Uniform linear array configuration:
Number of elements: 8
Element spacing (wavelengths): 0.5
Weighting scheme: cosine
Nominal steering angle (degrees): -30
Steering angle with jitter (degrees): -29.878
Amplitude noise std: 0.05
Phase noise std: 0.05

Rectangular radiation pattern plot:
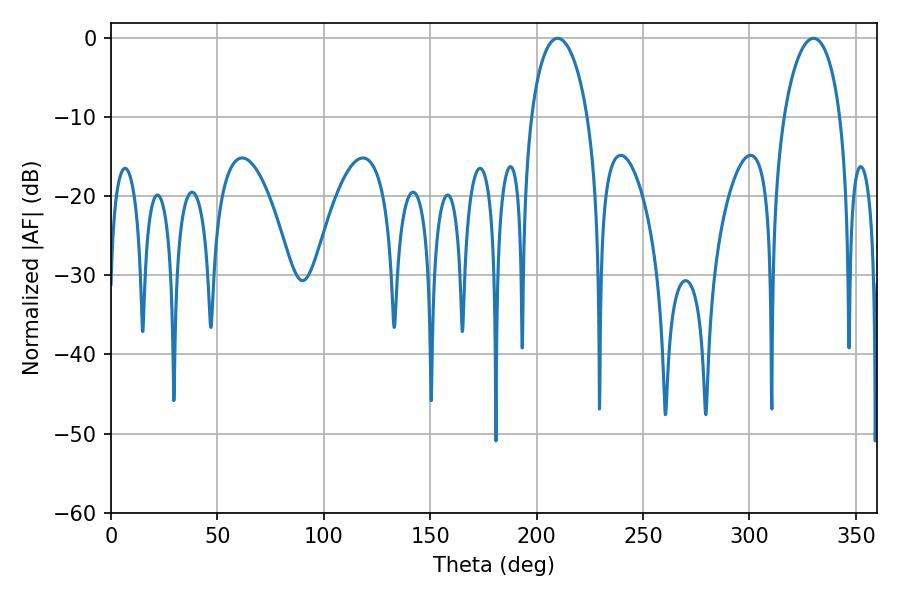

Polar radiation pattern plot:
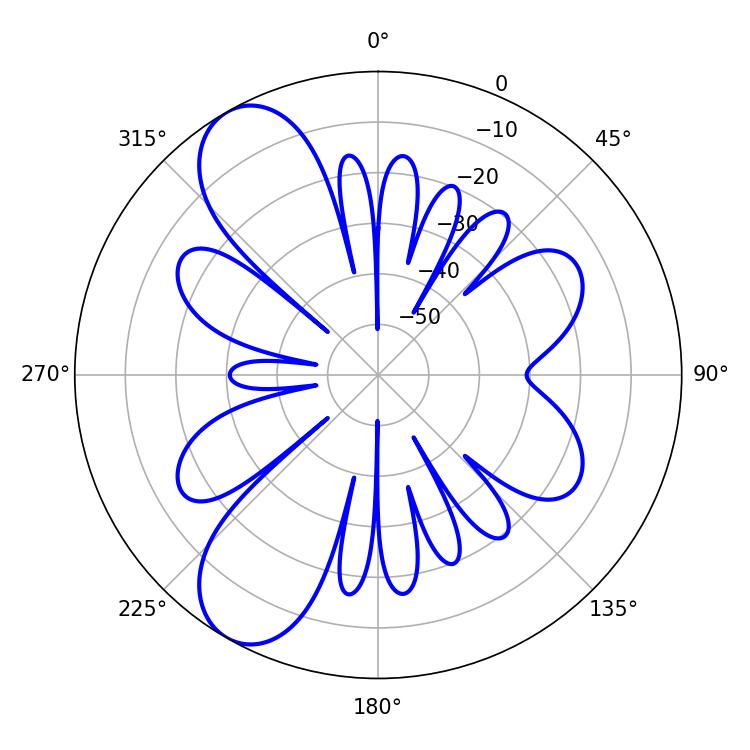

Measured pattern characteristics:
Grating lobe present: FALSE
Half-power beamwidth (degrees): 15.3
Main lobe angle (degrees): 209.88